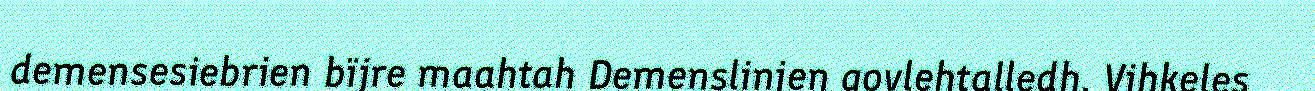
demensesiebrien bïjre maahtah Demenslinjen govlehtalledh. Vihkeles